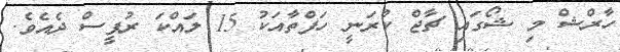
ހާރްޝް މި ޝޯގައި ޗާޖް ކުރަނީ ހަފްތާއަކު 15 ލައްކަ ރުޕީސް ދެއެވެ.